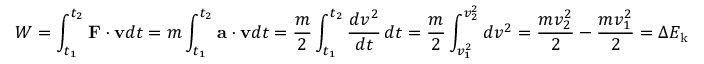
W = \int _ { t _ { 1 } } ^ { t _ { 2 } } \mathbf { F } \cdot \mathbf { v } d t = m \int _ { t _ { 1 } } ^ { t _ { 2 } } \mathbf { a } \cdot \mathbf { v } d t = { \frac { m } { 2 } } \int _ { t _ { 1 } } ^ { t _ { 2 } } { \frac { d v ^ { 2 } } { d t } } \, d t = { \frac { m } { 2 } } \int _ { v _ { 1 } ^ { 2 } } ^ { v _ { 2 } ^ { 2 } } d v ^ { 2 } = { \frac { m v _ { 2 } ^ { 2 } } { 2 } } - { \frac { m v _ { 1 } ^ { 2 } } { 2 } } = \Delta E _ { \mathrm { k } }